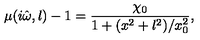
\mu ( i \hat { \omega } , l ) - 1 = \frac { \chi _ { 0 } } { 1 + ( x ^ { 2 } + l ^ { 2 } ) / x _ { 0 } ^ { 2 } } ,